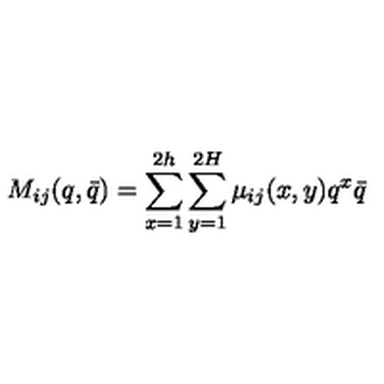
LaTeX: M _ { i j } ( q , \bar { q } ) = \sum _ { x = 1 } ^ { 2 h } \sum _ { y = 1 } ^ { 2 H } \mu _ { i j } ( x , y ) q ^ { x } \bar { q }